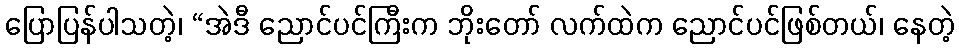
ပြောပြန်ပါသတဲ့၊ “အဲဒီ ညောင်ပင်ကြီးက ဘိုးတော် လက်ထဲက ညောင်ပင်ဖြစ်တယ်၊ နေတဲ့